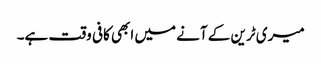
میری ٹرین کے آنے میں ابھی کافی وقت ہے۔